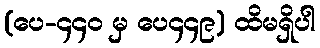
(ပေ-၄၄၀ မှ ပေ၄၄၉) ထိမရှိပါ